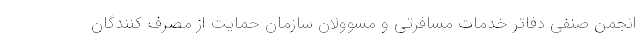
انجمن صنفی دفاتر خدمات مسافرتی و مسوولان سازمان حمایت از مصرف کنندگان